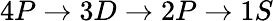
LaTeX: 4P\rightarrow 3D\rightarrow 2P\rightarrow 1S